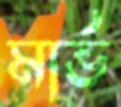
মার্ভ